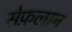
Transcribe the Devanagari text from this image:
सेफ़लान